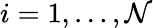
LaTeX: i=1,\ldots,\mathcal{N}